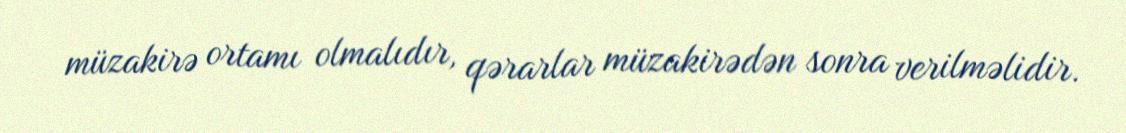
müzakirə ortamı olmalıdır, qərarlar müzakirədən sonra verilməlidir.